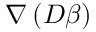
\nabla \left( D \beta \right)